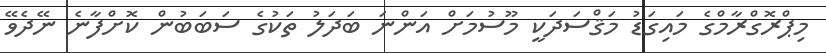
މިޕްރޮގްރާމްގެ މައިގަޑު މަޤްސަދަކީ މޫސުމަށް އަންނަ ބަދަލު ތަކުގެ ސަބަބުން ކޮށްފާނެ ނޭދެވޭ